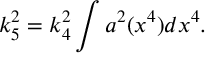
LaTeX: k _ { 5 } ^ { 2 } = k _ { 4 } ^ { 2 } \int a ^ { 2 } ( x ^ { 4 } ) d x ^ { 4 } .